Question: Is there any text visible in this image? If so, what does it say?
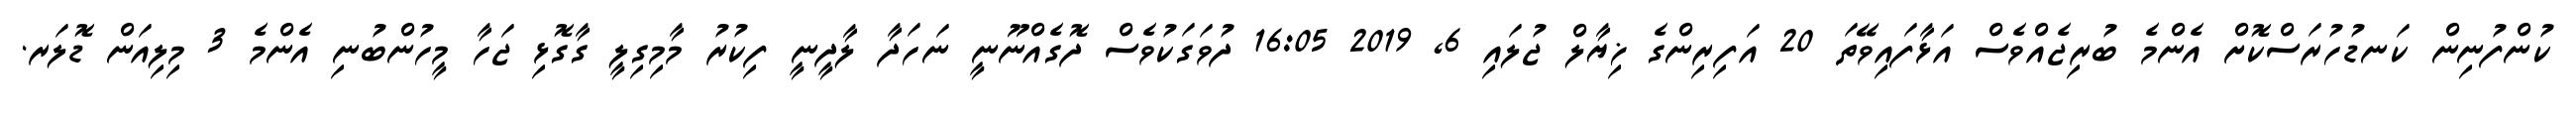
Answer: ކުންފުނިން ކަނޑުހުރަސްކޮށް އެންމެ ބުރިޖެއްވެސް އަޅާފައިވޭތަ 20 އަފިރިންގެ ޚިޔާލް ޖުލައި 6, 2019 16:05 ދުވަގަކުވެސް ދޮގެއްނޫނީ ނަހަދާ ލާދީނީ ފިކުރު މާމިގިލީ ގާގޮޅި ޖަހާ މީހުންބުނި އެންމެ 3 މިލިއަން ޑޮލަރ.